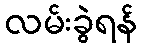
လမ်းခွဲရန်